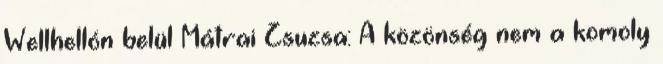
Wellhellón belül Mátrai Zsuzsa: A közönség nem a komoly